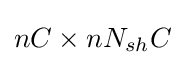
nC\times nN_{sh}C